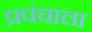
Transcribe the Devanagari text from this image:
प्रपंचाला